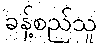
ခန့်စည်သူ